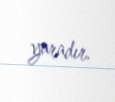
yaradır.